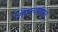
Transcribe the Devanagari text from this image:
शिंपल्यापासून